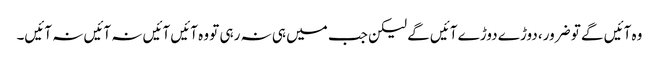
وہ آئیں گے تو ضرور، دوڑے دوڑے آئیں گے لیکن جب میں ہی نہ رہی تو وہ آئیں آئیں نہ آئیں نہ آئیں۔